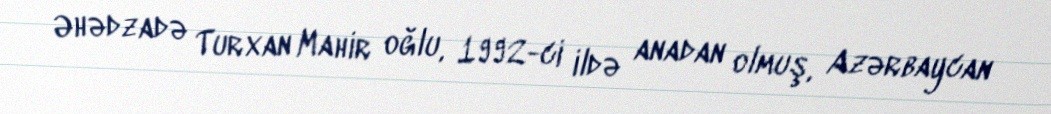
Əhədzadə Turxan Mahir oğlu, 1992-ci ildə anadan olmuş, Azərbaycan